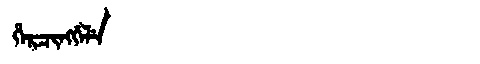
Manchu: ᡥᡝᡵᠴᡳᠩᡤᡝᠯᡝ
Romanization: HERCINGGELE